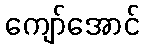
ကျော်အောင်